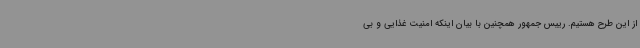
از این طرح هستیم. رییس جمهور همچنین با بیان اینکه امنیت غذایی و بی